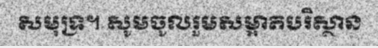
សមុទ្រ។ សូមចូលរួមសម្អាតបរិស្ថាន